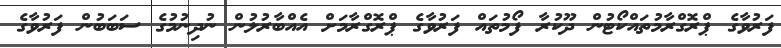
ފަރުވާގެ ޕްރޮގްރާމުތައްކޯޓުން ދޫކުރާ ފޯމުތައް ފަރުވާގެ ޕްރޮގްރާމަށް އެއްބާރުލުން ނުދިނުމުގެ ސަބަބުން ފަރުވާގެ